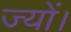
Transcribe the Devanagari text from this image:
ज्‍यों।